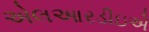
એલઆરડીઇએ